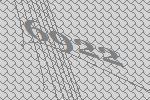
6922